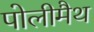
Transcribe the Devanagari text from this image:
पोलीमैथ